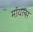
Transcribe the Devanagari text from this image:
मॉयल्स